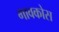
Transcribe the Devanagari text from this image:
गावकोस